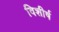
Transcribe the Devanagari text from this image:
विशीर्ष